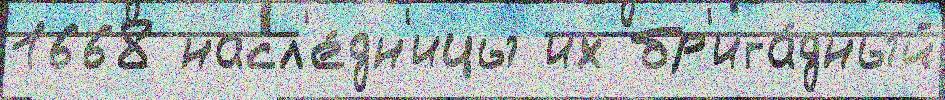
1668 насл'е́дн'ицы их бр'ига́дный